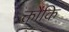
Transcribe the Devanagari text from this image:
क्तोंकि